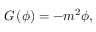
G \left( \phi \right) = - m ^ { 2 } \phi ,